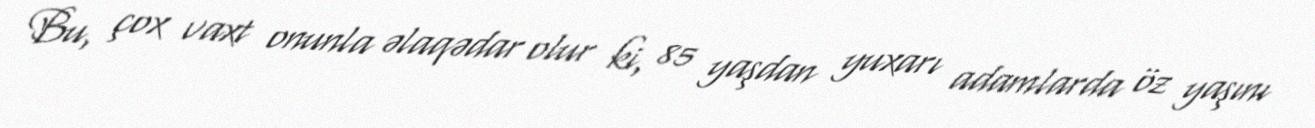
Bu, çox vaxt onunla əlaqədar olur ki, 85 yaşdan yuxarı adamlarda öz yaşını